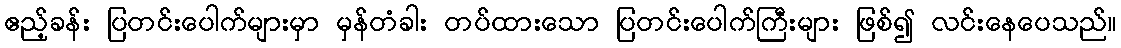
ဧည့်ခန်း ပြတင်းပေါက်များမှာ မှန်တံခါး တပ်ထားသော ပြတင်းပေါက်ကြီးများ ဖြစ်၍ လင်းနေပေသည်။